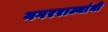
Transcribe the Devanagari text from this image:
नगरराज्यांनी